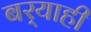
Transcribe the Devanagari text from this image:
बर्‍याही